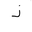
Letter: _thal